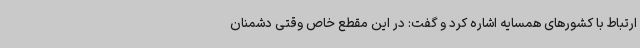
ارتباط با کشورهای همسایه اشاره کرد و گفت: در این مقطع خاص وقتی دشمنان